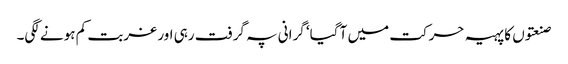
صنعتوں کا پہیہ حرکت میں آ گیا‘ گرانی پہ گرفت رہی اور غربت کم ہونے لگی۔